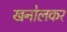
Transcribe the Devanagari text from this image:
खनोलकर